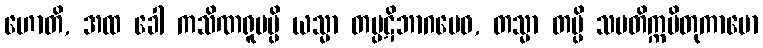
ဟောတိ, အထ ခေါ ကသိဏရူပမ္ပိ ယသ္မာ တပ္ပဋိဘာဂမေဝ, တသ္မာ တမ္ပိ သမတိက္ကမိတုကာမော